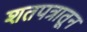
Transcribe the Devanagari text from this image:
शतपत्रातून